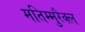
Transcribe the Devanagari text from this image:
मतिम्मुरैक्ल